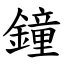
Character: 鐘